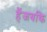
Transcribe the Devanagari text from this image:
हैंजबकि